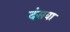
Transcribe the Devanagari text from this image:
दंसवा